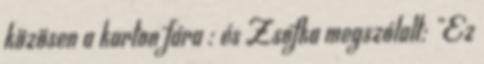
közösen a karton fára : és Zsofka megszólalt: "Ez